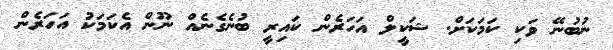
ނުބުނޭ ވަކި ކަމަކަށް. ޝަކީލް އަހަރެން ކައިރީ ބުނެގެނެއް ނޫން އެކަމަކު އަހަރެން